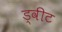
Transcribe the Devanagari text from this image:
ड्वीट